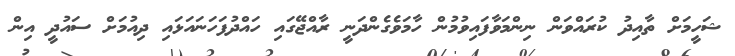
ޝަހީމަށް ތާއިދު ކުރައްވަން ނިންމަވާފައިވުމުން ހާމަވެގެންދަނީ ރާއްޖޭގައި ހައްދުފަހަނައަޅައި ދިއުމަށް ސައުދީ އިން